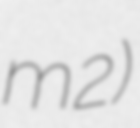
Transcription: m2)